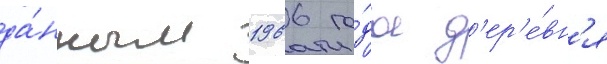
да́нным 1966 го́да д'ер'е́вн'я